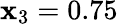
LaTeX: \mathbf{x}_{3}=0.75